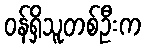
ဝန်ရှိသူတစ်ဦးက